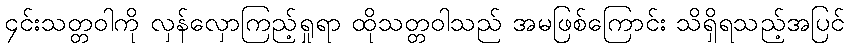
၄င်းသတ္တဝါကို လှန်လှောကြည့်ရှုရာ ထိုသတ္တဝါသည် အမဖြစ်ကြောင်း သိရှိရသည့်အပြင်